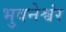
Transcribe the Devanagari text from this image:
भुवनेश्वंर